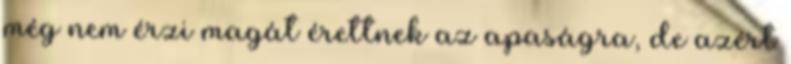
még nem érzi magát érettnek az apaságra, de azért